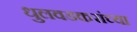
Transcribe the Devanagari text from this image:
धुलवडकरांच्या